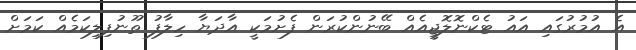
އެ އުމުރުގައި އައު ޓެކްނޮލޮޖީއެއް ބޭނުންކުރަން ފެށުމަކީ އާދަޔާ ހިލާފު ތޫނުފިލިކަމެއް ކަމަށް